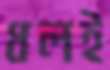
ধলই